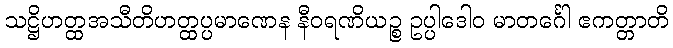
သဋ္ဌိဟတ္ထအသီတိဟတ္ထပ္ပမာဏေန နီဝရဏိယဉ္စ ဥပ္ပါဒေါဝ မာတင်္ဂေါ ဧကတ္တာတိ